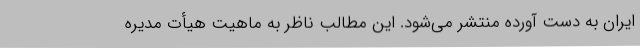
ایران به دست آورده منتشر می‌شود. این مطالب ناظر به ماهیت هیأت مدیره